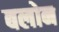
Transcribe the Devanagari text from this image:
बलोन